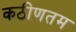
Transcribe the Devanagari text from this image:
कठीणतम